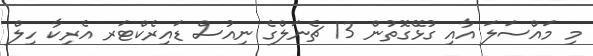
މި މައްސަލަ އާއި ގުޅޭގޮތުން 13 ޗެނަލްގެ ނިއުސް ޑައިރެކްޓަރ އެރިކާ ހިލް